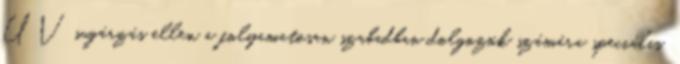
UV sugárzás ellen a folyamatosan szabadban dolgozók számára speciális,